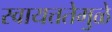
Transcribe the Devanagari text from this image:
स्वायत्ततेमुळे